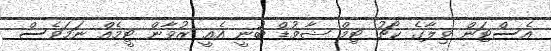
އެސްޓަން ވިލާގެ ކޯޗު ޓިމް ޝާވުޑް ބުނީ އެއީ ޒުވާން ޓީމެއް ނަމަވެސް